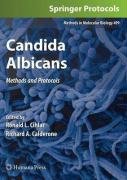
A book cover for Candida Albicans: Methods and Protocols (Methods in Molecular Biology); Medical Books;